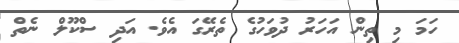
ހަމަ މި ތިން އަހަރު ދުވަހުގެ ތެރޭގަ އެވެ. އަދި ސްކޫލް ނެތް